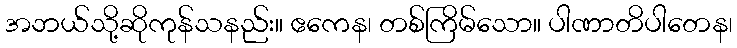
အဘယ်သို့ဆိုကုန်သနည်း။ ဧကေန၊ တစ်ကြိမ်သော။ ပါဏာတိပါတေန၊